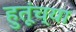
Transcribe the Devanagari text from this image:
हुतूंच्‍या